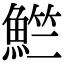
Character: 𬵚